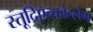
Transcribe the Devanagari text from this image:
स्तूदिएन्कोल्लेग